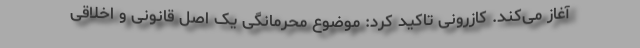
آغاز می‌کند. کازرونی تاکید کرد: موضوع محرمانگی یک اصل قانونی و اخلاقی